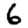
Digit: 6